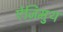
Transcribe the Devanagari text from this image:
ऐज़िमुथ